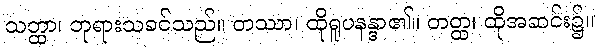
သတ္ထာ၊ ဘုရားသခင်သည်။ တဿာ၊ ထိုရူပနန္ဒာ၏။ တတ္ထ၊ ထိုအဆင်း၌။